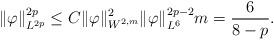
LaTeX: \begin{align*}\|\varphi\|_{L^{2p}}^{2p} \leq C \|\varphi\|_{W^{2,m}}^{2} \|\varphi\|_{L^{6}}^{2p-2} m = \frac{6}{8 - p}.\end{align*}